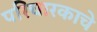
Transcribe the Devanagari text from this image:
परिचारकाचे